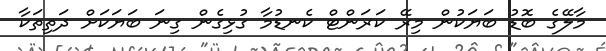
މާލޭގެ ބޮޑު ބަޔަކުން މިރޭ ކަރަންޓް ކެނޑުމާ ގުޅިގެން ގިނަ ބަޔަކަށް ދަތިތަކާ